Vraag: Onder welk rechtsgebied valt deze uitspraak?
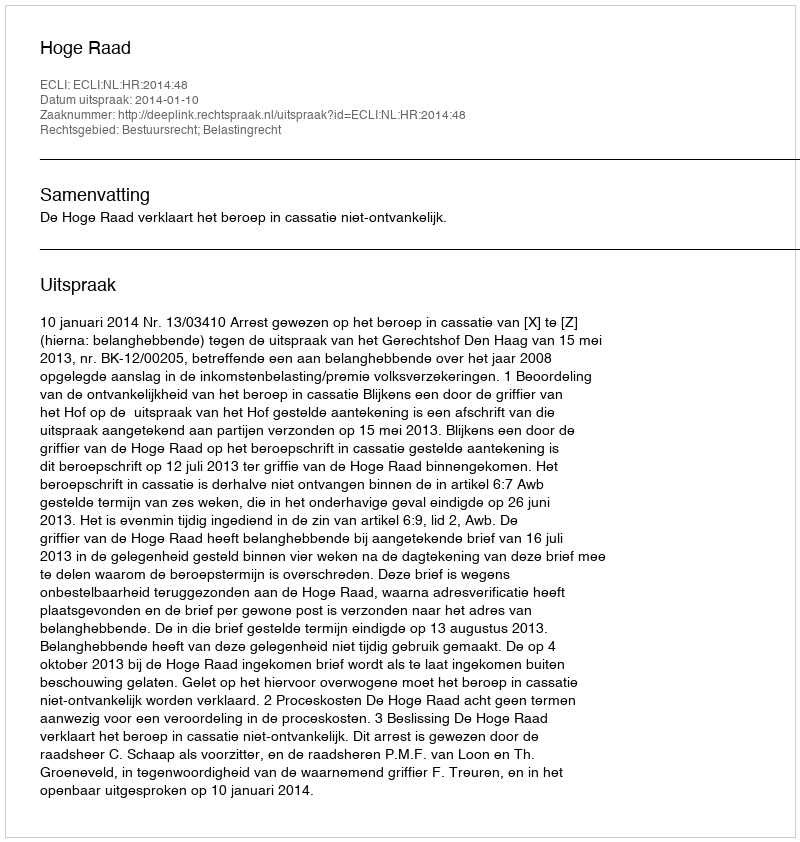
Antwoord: Bestuursrecht; Belastingrecht